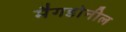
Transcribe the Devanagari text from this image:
मैगडोनील